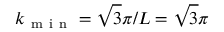
k _ { \mathrm { ~ m ~ i ~ n ~ } } = \sqrt { 3 } \pi / L = \sqrt { 3 } \pi